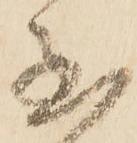
至